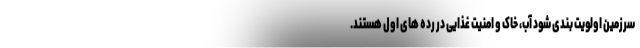
سرزمین اولویت بندی شود آب، خاک و امنیت غذایی در رده های اول هستند.